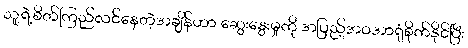
သူ့ရဲ့စိတ်ကြည်လင်နေတဲ့အချိန်ဟာ ဆွေးနွေးမှုကို အပြည့်အဝအာရုံစိုက်နိုင်ပြီး